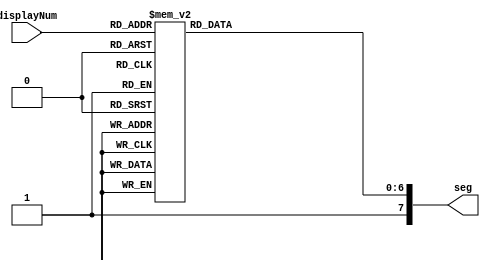
module DisplayModule(input [3:0]displayNum, output reg[7:0]seg);
	// hex digit to 7 seg
	always @(displayNum)
	begin
	seg[7] = 1'b1;
	case(displayNum)
		4'h0: seg[6:0] = ~7'h3F;
		4'h1: seg[6:0] = ~7'h06;
		4'h2: seg[6:0] = ~7'h5B;
		4'h3: seg[6:0] = ~7'h4F;
		4'h4: seg[6:0] = ~7'h66;
		4'h5: seg[6:0] = ~7'h6D;
		4'h6: seg[6:0] = ~7'h7D;
		4'h7: seg[6:0] = ~7'h07;
		4'h8: seg[6:0] = ~7'h7F;
		4'h9: seg[6:0] = ~7'h6F;
		4'ha: seg[6:0] = ~7'h77;
		4'hb: seg[6:0] = ~7'h7C;
		4'hc: seg[6:0] = ~7'h39;
		4'hd: seg[6:0] = ~7'h5E;
		4'he: seg[6:0] = ~7'h79;
		4'hf: seg[6:0] = ~7'h71;
	endcase
	end
endmodule